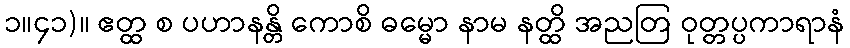
၁။၄၁)။ ဧတ္ထ စ ပဟာနန္တိ ကောစိ ဓမ္မော နာမ နတ္ထိ အညတြ ဝုတ္တပ္ပကာရာနံ